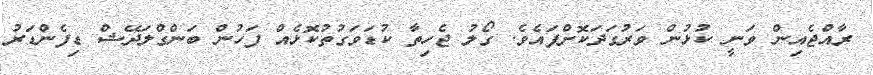
ރާއްޖެއިން ވަނީ ކުޅުން ވަރުގަދަކޮށްފައެވެ. ގޯލު ޖެހިތާ ކުޑަވަގުތުކޮޅެއް ފަހުން ބަންގްލަދޭޝް ޑިފެންޑަރު